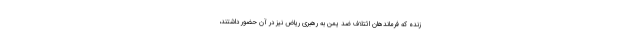
زنده که فرماندهان ائتلاف ضد یمن به رهبری ریاض نیز در آن حضور داشتند،